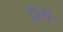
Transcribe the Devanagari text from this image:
द्वेती